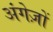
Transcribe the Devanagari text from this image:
अंगेज़ों